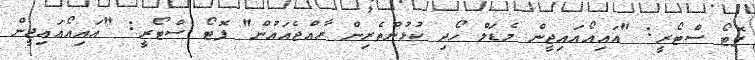
ފޮޓޯ ސްޓޯރީ: "އައިއޯއައިޖީން މެޑަލް ހޯދި ކުޅުންތެރިން ރާއްޖެއައުން" ފޮޓޯ ސްޓޯރީ: "އައިއޯއައިޖީން